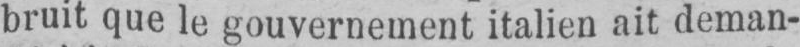
bruit que le gouvernement italien ait deman-